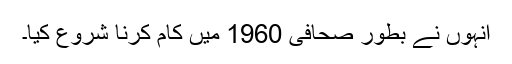
انہوں نے بطور صحافی 1960 میں کام کرنا شروع کیا۔